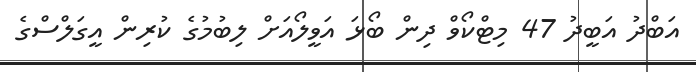
އަބްދު އަބީދު 47 މިޓްކޯވް ދިން ބޯޅަ އަވީލޯއަށް ލިބުމުގެ ކުރިން އީގަލްސްގެ